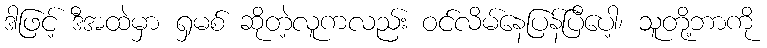
ဒါဖြင့် ဒီအထဲမှာ ရှမစ် ဆိုတဲ့လူကလည်း ဝင်လိမ်နေပြန်ပြီပေါ့၊ သူတို့ဘာကို